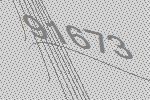
91673